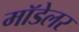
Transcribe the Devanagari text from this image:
मॉडेलर